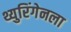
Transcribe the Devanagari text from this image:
थ्युरिंगेनला